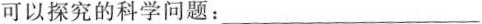
可以探究的科学问题：___